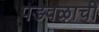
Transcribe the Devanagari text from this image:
पडवळाची